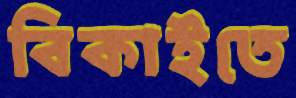
বিকাইতে